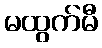
မထွက်မီ